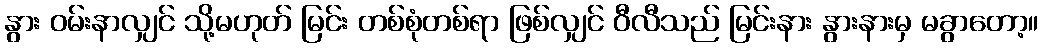
နွား ဝမ်းနာလျှင် သို့မဟုတ် မြင်း တစ်စုံတစ်ရာ ဖြစ်လျှင် ဝီလီသည် မြင်းနား နွားနားမှ မခွာတော့။